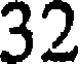
32